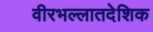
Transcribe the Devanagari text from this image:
वीरभल्लातदेशिक